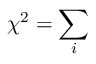
\chi ^ { 2 } = \sum _ { i }